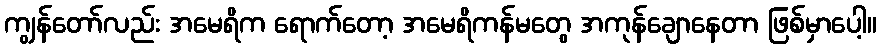
ကျွန်တော်လည်း အမေရိက ရောက်တော့ အမေရိကန်မတွေ အကုန်ချောနေတာ ဖြစ်မှာပေါ့။